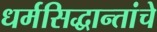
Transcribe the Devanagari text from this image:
धर्मसिद्धान्तांचे